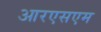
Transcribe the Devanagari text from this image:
आरएसएम